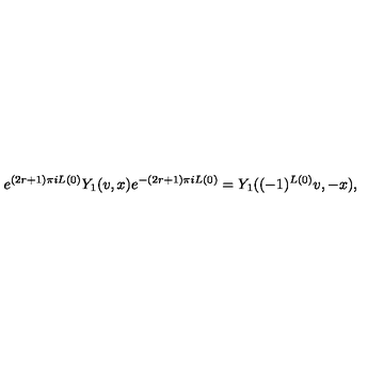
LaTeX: e ^ { ( 2 r + 1 ) \pi i L ( 0 ) } Y _ { 1 } ( v , x ) e ^ { - ( 2 r + 1 ) \pi i L ( 0 ) } = Y _ { 1 } ( ( - 1 ) ^ { L ( 0 ) } v , - x ) ,